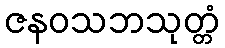
ဇနဝသဘသုတ္တံ